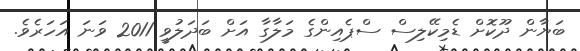
ބަޔާން ދޫކޮށް ޑެމިކޭލިސް ސްޕެއިންގެ މަލާގާ އަށް ބަދަލުވީ 2011 ވަނަ އަހަރެވެ.